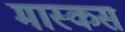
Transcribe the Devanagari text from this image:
मास्कस